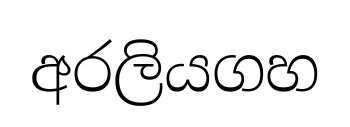
අරලියගහ